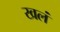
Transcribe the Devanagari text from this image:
खलं